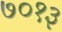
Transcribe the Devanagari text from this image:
७०१३